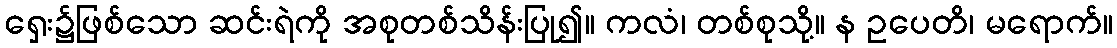
ရှေး၌ဖြစ်သော ဆင်းရဲကို အစုတစ်သိန်းပြု၍။ ကလံ၊ တစ်စုသို့။ န ဥပေတိ၊ မရောက်။